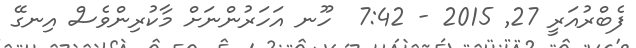
ފެބްރުއަރީ 27